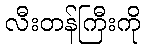
လီးတန်ကြီးကို